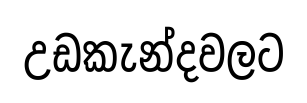
උඩකැන්දවලට